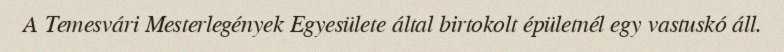
A Temesvári Mesterlegények Egyesülete által birtokolt épületnél egy vastuskó áll.